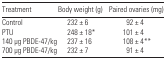
| Treatment | Body weight (g) | Paired ovaries (mg) |
 | --- | --- | --- |
 | Control | 232 ± 6 | 92 ± 4 |
 | PTU | 248 ± 18* | 101 ± 4 |
 | 140 μg PBDE-47/kg | 237 ± 16 | 108 ± 4** |
 | 700 μg PBDE-47/kg | 232 ± 7 | 91 ± 4 |